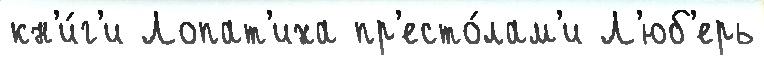
кн'и́г'и Лопат'иха пр'есто́лам'и Л'юб'ерь